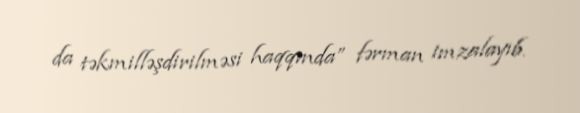
da təkmilləşdirilməsi haqqında” fərman imzalayıb.